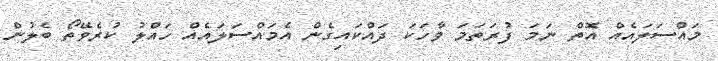
މައްސަލައެއް އޮތް ނަމަ ފުރަތަމަ ވާހަކަ ދައްކައިގެން އެމައްސަލައެއް ހައްލު ކުރެވޭތޯ ބެލުން